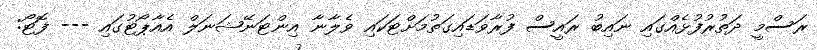
ރަސްމީ ދަތުރުފުޅެއްގައި ނައިބު ރައީސް ފުރާވަޑައިގަތުމަށްޓަކައި ވެލާނާ އިންޓަނޭޝަނަލް އެއާޕޯޓުގައި --- ފޮޓޯ: